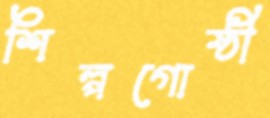
শিল্পগোষ্ঠী